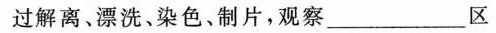
过解离、漂洗、染色、制片，观察___区